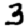
Digit: 3